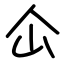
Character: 仚